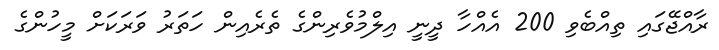
ރާއްޖޭގައި ތިއްބެވި 200 އެއްހާ ދީނީ އިލްމުވެރިންގެ ތެރެއިން ހަތަރު ވަރަކަށް މީހުންގެ